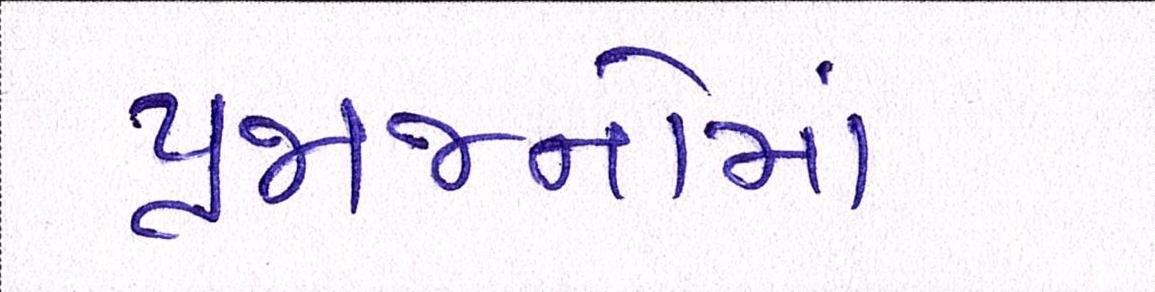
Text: પ્રજાજનોમાં